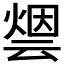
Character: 𰟋